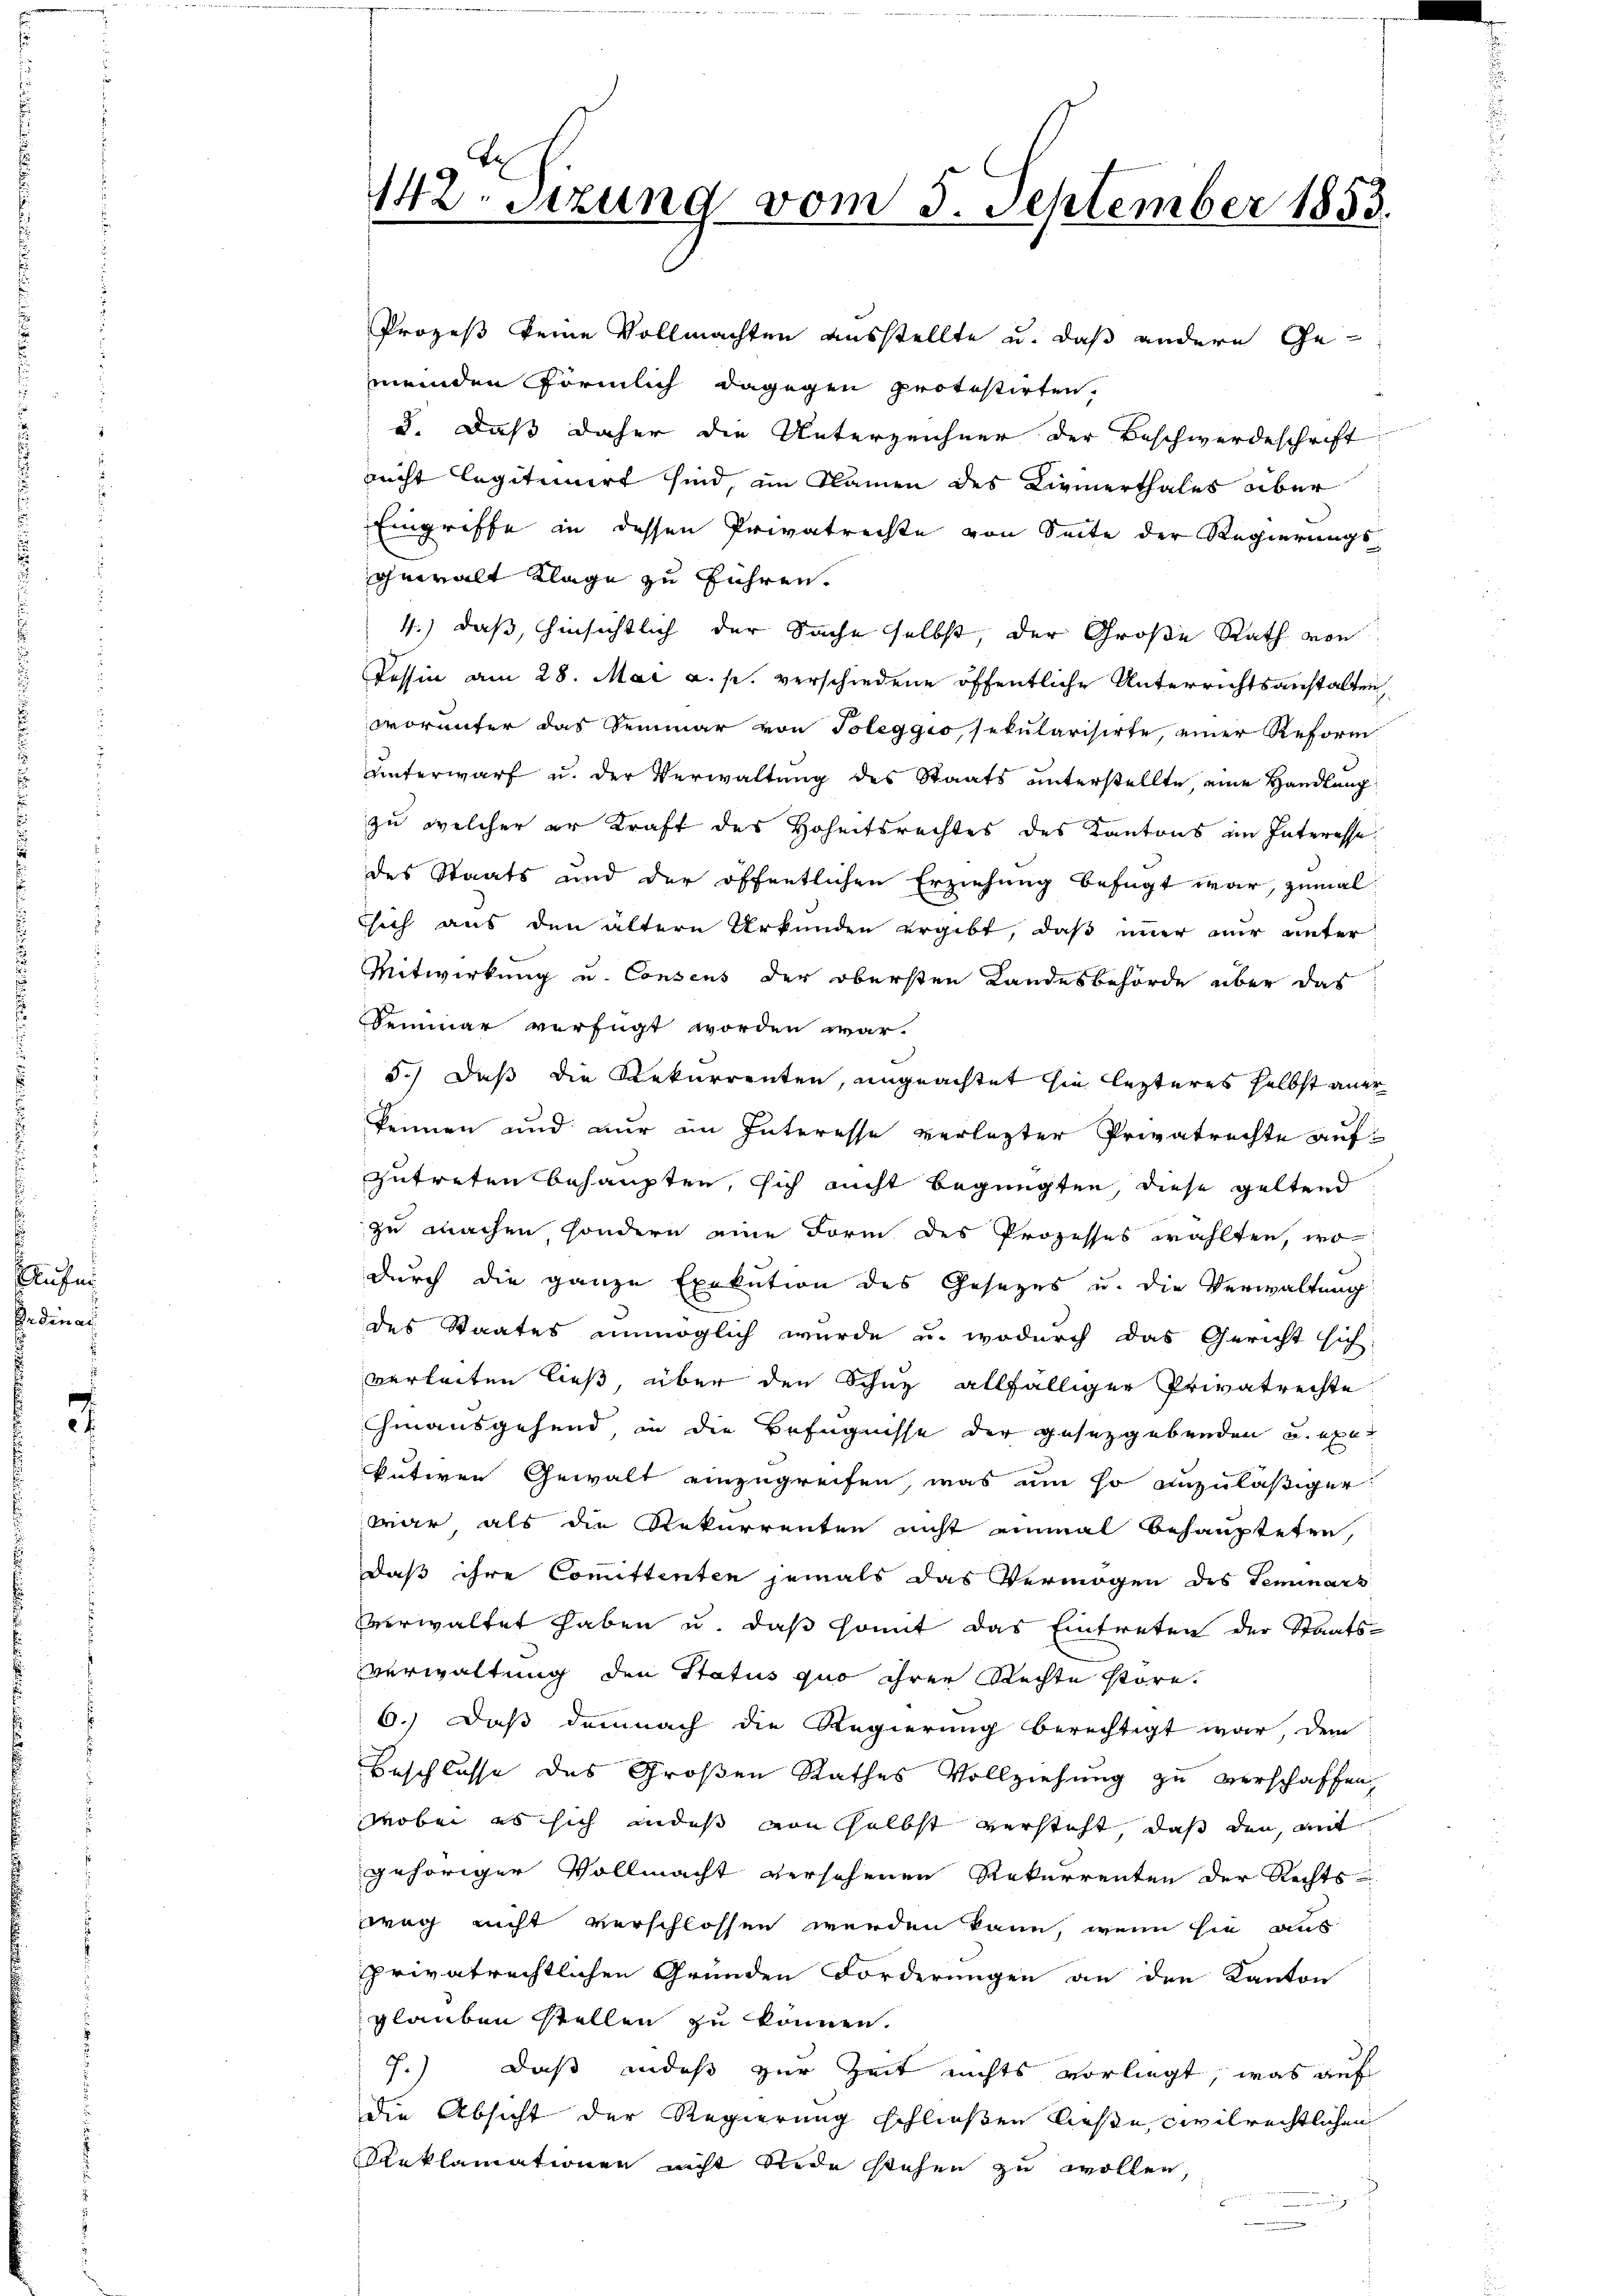
Aufn
Bedinar

142. Sitzung vom 5. September 1853.

Prozeß keine Vollmachten ausstellte u. daß andere Ge-
meinden förmlich dagegen protestirten,
d. Daß daher die Unterzeichner der Beschwerdeschrift
nicht legitimirt sind, im Namen des Kinnerthales aber
Eingriffe in dessen Privatrechte von Seite der Regierungs-
gewalt Klage zu führen.
4.) daß, hinsichtlich der Sache selbst, der Große Rath von
Tessin am 28. Mai a. p. verschiedene öffentliche Unterrichtsanstalten
worunter das Semmer von Toleggio sekularisirte, einer Reform
unterwarf u. der Verwaltung des Staats unterstellte, eine Handlung
zu welcher er Kraft des Hoheitsrechtes des Kantons im Interesse
des Staats und der öffentlichen Erziehung befugt war, zumal
sich aus den ältern Urkunden ergibt, daß immer mir unter
Mitwirkung u. Consens der obersten Landesbehörde über das
Semmer verfügt worden war.
5.) Daß die Rekurrenten, ungeachtet sie lezteres selbst ange
kennen und nur im Interesse verlegter Privatrechte aufzutreten behaupten, sich nicht begnügten, diese geltend
zu machen sondern eine Form des Prozesses wählten, wo
durch die ganze Exekution des Gesezes u. die Verwaltung
des Staates unmöglich wurde u. wodurch das Gericht sich
verleiten ließ, über den Schaz allfälliger Privatrechte
hinausgehend, in die Befugnisse der gesetzgebenden u. exer
kutiven Gewalt einzugreifen, was um so anzuläßiger
war als die Rekurrenten nicht einmal behaupteten,
daß ihre Comittenten jemals das Vermögen des Seminars
vverwaltet haben u. daß somit das Eintreten der Staats-
Verwaltung den Status quo ihrer Rechte störe.
6.) Daß demnach die Regierung berechtigt war, dem
Beschlusse des Großen Rathes Vollziehung zu verschaffen,
wobei es sich andes von selbst versteht, daß den mit
gehöriger Vollmacht versehenen Rekurrenten der Rechts-
weg nicht verschlossen werden kann, wenn sie aus
privatrechtlichen Gründen Forderungen an den Kanton
glauben stellen zu können.
7.) Daß indeß zur Zeit nichts vorliegt, was auf
die Absicht der Regierung schließen ließe, civilrechtlichen
Reklamationen nicht Rede stehen zu wollen,